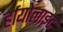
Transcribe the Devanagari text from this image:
र्हायोलाइट